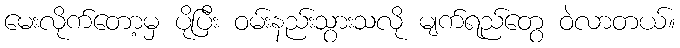
မေးလိုက်တော့မှ ပိုပြီး ဝမ်းနည်းသွားသလို မျက်ရည်တွေ ဝဲလာတယ်။